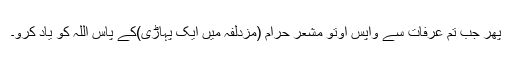
پھر جب تم عرفات سے واپس آؤتو مشعر حرام (مزدلفہ میں ایک پہاڑی)کے پاس اللہ کو یاد کرو۔